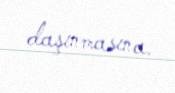
daşınmasına.